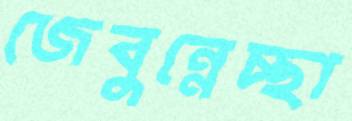
জেবুন্নেচ্ছা